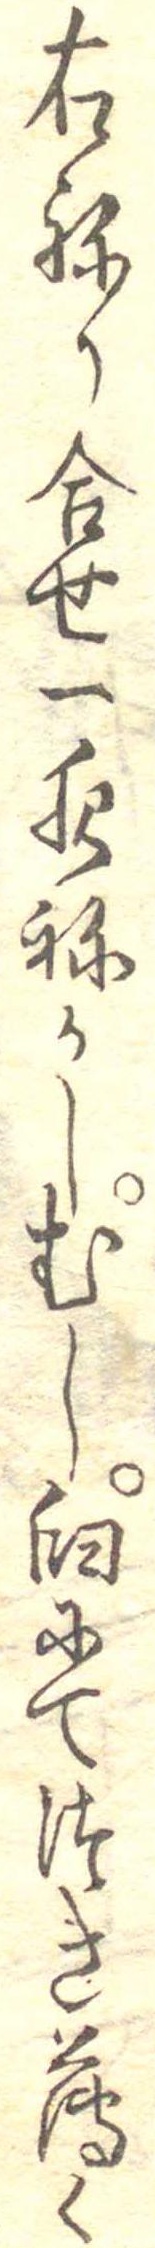
右ねり合せ一夜ねかしむし臼にてつき薄く